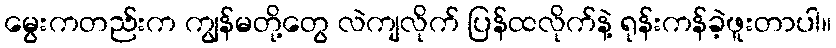
မွေးကတည်းက ကျွန်မတို့တွေ လဲကျလိုက် ပြန်ထလိုက်နဲ့ ရုန်းကန်ခဲ့ဖူးတာပါ။